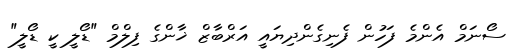
ސޯނަމް އެންމެ ފަހުން ފެނިގެންދިޔައީ އަރްބާޒް ޚާންގެ ފިލްމް "ޑޯލީ ކީ ޑޯލީ"